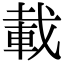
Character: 載